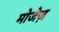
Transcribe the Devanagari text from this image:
मोजेज़